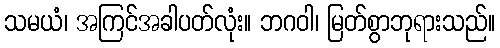
သမယံ၊ အကြင်အခါပတ်လုံး။ ဘဂဝါ၊ မြတ်စွာဘုရားသည်။